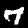
Label: 7